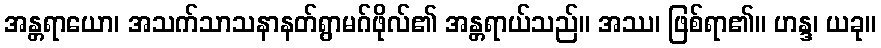
အန္တရာယော၊ အသက်သာသနာနတ်ရွာမဂ်ဖိုလ်၏ အန္တရာယ်သည်။ အဿ၊ ဖြစ်ရာ၏။ ဟန္ဒ၊ ယခု။